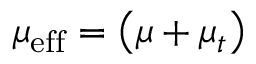
\mu _ { \mathrm { e f f } } = \left( \mu + \mu _ { t } \right)